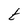
Character: t